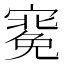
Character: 𭔑